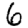
Digit: 6